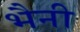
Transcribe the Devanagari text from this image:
भैनी